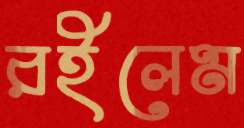
রইলেম